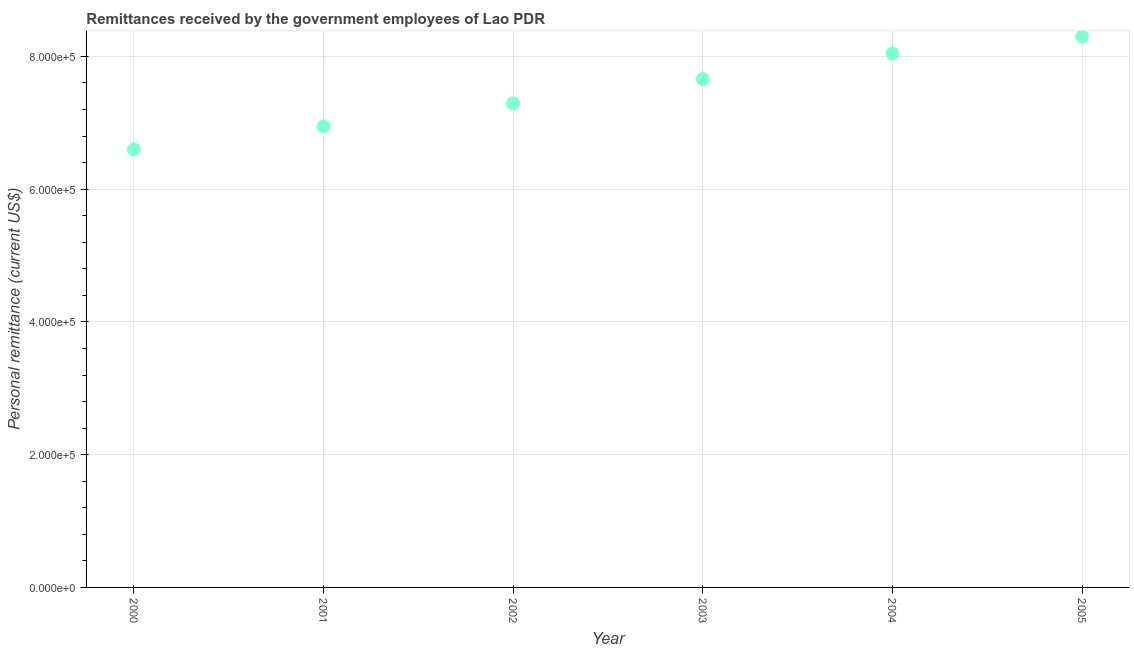
| Year | Personal remittances |
 | --- | --- |
 | 2000 | 6.6e+05 |
 | 2001 | 6.95e+05 |
 | 2002 | 7.29e+05 |
 | 2003 | 7.66e+05 |
 | 2004 | 8.04e+05 |
 | 2005 | 8.3e+05 |